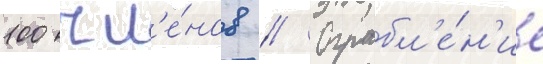
100 чл'е́нов // Ограбл'е́н'ие